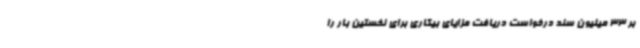
بر 33 میلیون سند درخواست دریافت مزایای بیکاری برای نخستین بار را